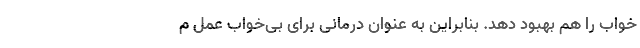
خواب را هم بهبود دهد. بنابراین به عنوان درمانی برای بی‌خواب عمل م